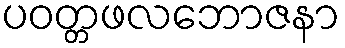
ပဝတ္တဖလဘောဇနာ